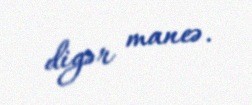
digər maneə.